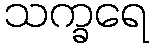
သက္ခရေ